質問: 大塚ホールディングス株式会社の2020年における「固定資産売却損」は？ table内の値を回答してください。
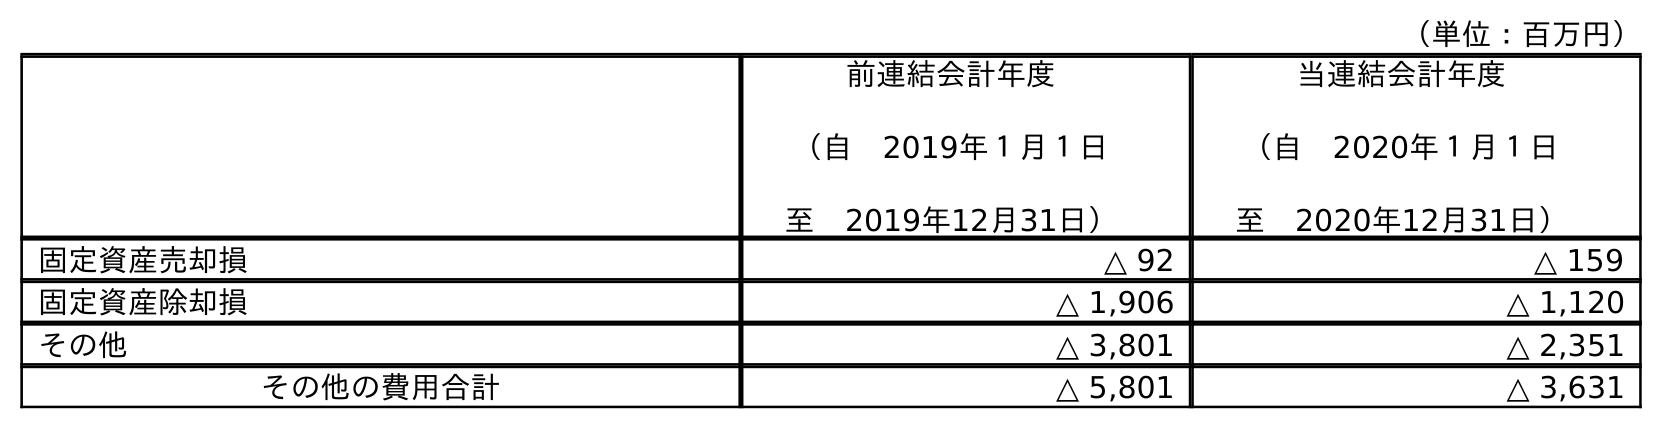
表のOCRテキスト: （単位：百万円） 前連結会計年度 （自 2019年１月１日 至 2019年12月31日） 当連結会計年度 （自 2020年１月１日 至 2020年12月31日） 固定資産売却損 △ 92 △ 159 固定資産除却損 △ 1,906 △ 1,120 その他 △ 3,801 △ 2,351 その他の費用合計 △ 5,801 △ 3,631
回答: △159